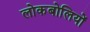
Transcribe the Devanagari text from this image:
लोकबोलियों